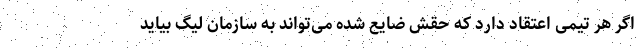
اگر هر تیمی اعتقاد دارد که حقش ضایع شده می‌تواند به سازمان لیگ بیاید